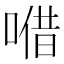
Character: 𠺦